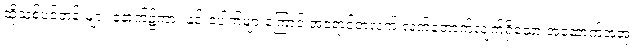
ထိုသစ်ပင်တန်းများ နောက်၌ကား နှင်းပေါက်များကြောင့် အရောင်တလက် လက်တောက်လျက်ရှိသော အဆောက်အအုံ